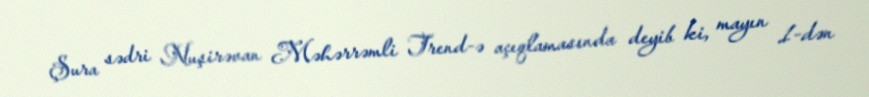
Şura sədri Nuşirəvan Məhərrəmli Trend-ə açıqlamasında deyib ki, mayın 1-dən